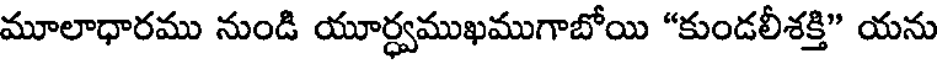
మూలాధారము నుండి యూర్ధ్వముఖముగాబోయి "కుండలీశక్తి" యను